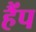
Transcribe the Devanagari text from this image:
हैंप